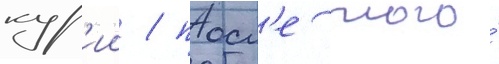
кур'ии / посл'е того́